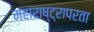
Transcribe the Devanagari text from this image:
महाराष्ट्रापरता